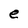
Character: e